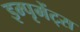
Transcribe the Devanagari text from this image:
इम्पृमेंट्स